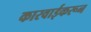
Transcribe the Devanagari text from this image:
कारवाईकरून